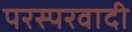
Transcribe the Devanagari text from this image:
परस्परवादी